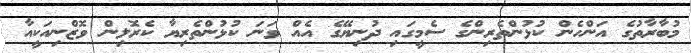
މުބާރާތުގެ އަންހެން ކުޅުންތެރިންގެ ސެމީގައި ދުނިޔޭގެ އެއް ވަނަ ކުޅުންތެރިޔާ ކެރޮލިން ވޮޒްނިއަކީއާ